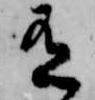
有